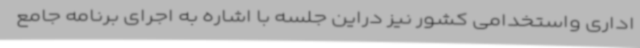
اداری واستخدامی کشور نیز دراین جلسه با اشاره به اجرای برنامه جامع